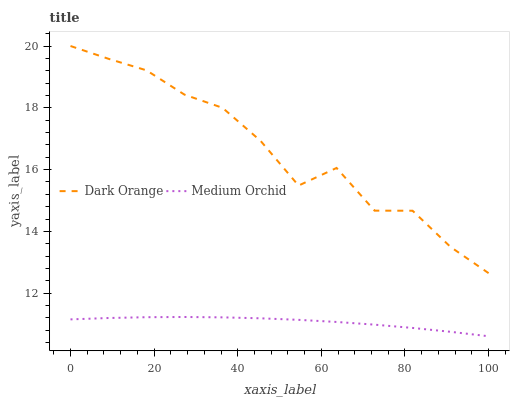
| xaxis_label | Dark Orange | Medium Orchid |
 | --- | --- | --- |
 | 0 | 20 | 11.2 |
 | 9.09 | 19.6 | 11.2 |
 | 18.2 | 19.2 | 11.2 |
 | 27.3 | 18.4 | 11.2 |
 | 36.4 | 18 | 11.2 |
 | 45.5 | 16.9 | 11.2 |
 | 54.5 | 15.5 | 11.1 |
 | 63.6 | 16.1 | 11.1 |
 | 72.7 | 14.7 | 11 |
 | 81.8 | 14.7 | 10.9 |
 | 90.9 | 13.5 | 10.7 |
 | 100 | 12.6 | 10.6 |